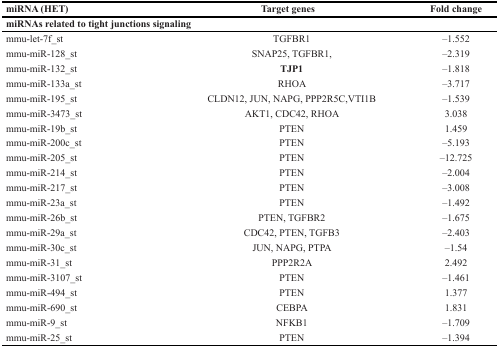
<table><thead><tr><td><b>miRNA (HET)</b></td><td><b>Target genes</b></td><td><b>Fold change</b></td></tr></thead><tbody><tr><td colspan="3"><b>miRNAs related to tight junctions signaling</b></td></tr><tr><td>mmu-let-7f_st</td><td>TGFBR1</td><td>–1.552</td></tr><tr><td>mmu-miR-128_st</td><td>SNAP25, TGFBR1,</td><td>–2.319</td></tr><tr><td>mmu-miR-132_st</td><td><b>TJP1</b></td><td>–1.818</td></tr><tr><td>mmu-miR-133a_st</td><td>RHOA</td><td>–3.717</td></tr><tr><td>mmu-miR-195_st</td><td>CLDN12, JUN, NAPG, PPP2R5C, VTI1B</td><td>–1.539</td></tr><tr><td>mmu-miR-3473_st</td><td>AKT1, CDC42, RHOA</td><td>3.038</td></tr><tr><td>mmu-miR-19b_st</td><td>PTEN</td><td>1.459</td></tr><tr><td>mmu-miR-200c_st</td><td>PTEN</td><td>–5.193</td></tr><tr><td>mmu-miR-205_st</td><td>PTEN</td><td>–12.725</td></tr><tr><td>mmu-miR-214_st</td><td>PTEN</td><td>–2.004</td></tr><tr><td>mmu-miR-217_st</td><td>PTEN</td><td>–3.008</td></tr><tr><td>mmu-miR-23a_st</td><td>PTEN</td><td>–1.492</td></tr><tr><td>mmu-miR-26b_st</td><td>PTEN, TGFBR2</td><td>–1.675</td></tr><tr><td>mmu-miR-29a_st</td><td>CDC42, PTEN, TGFB3</td><td>–2.403</td></tr><tr><td>mmu-miR-30c_st</td><td>JUN, NAPG, PTPA</td><td>–1.54</td></tr><tr><td>mmu-miR-31_st</td><td>PPP2R2A</td><td>2.492</td></tr><tr><td>mmu-miR-3107_st</td><td>PTEN</td><td>–1.461</td></tr><tr><td>mmu-miR-494_st</td><td>PTEN</td><td>1.377</td></tr><tr><td>mmu-miR-690_st</td><td>CEBPA</td><td>1.831</td></tr><tr><td>mmu-miR-9_st</td><td>NFKB1</td><td>–1.709</td></tr><tr><td>mmu-miR-25_st</td><td>PTEN</td><td>–1.394</td></tr></tbody></table>